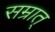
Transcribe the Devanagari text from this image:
सम्रात्